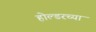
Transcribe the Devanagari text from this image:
होल्डरच्या